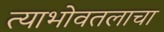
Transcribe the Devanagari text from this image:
त्याभोवतलाचा